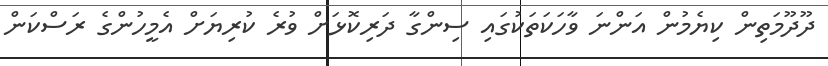
ދޫދޫމަތިން ކިޔެމުން އަންނަ ވާހަކަތަކުގައި ސިންގާ ދަރިކޮޅަށް ވުރެ ކުރިޔަށް އެމީހުންގެ ރަސްކަން